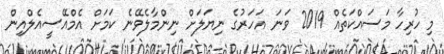
މި ހުރިހާ މަސައްކަތެއް 2019 ވަނަ އަހަރުގެ ނިޔަލަށް ނިންމާލެވޭނެ ކަމަށް އެމްއޭސީއެލްއިން